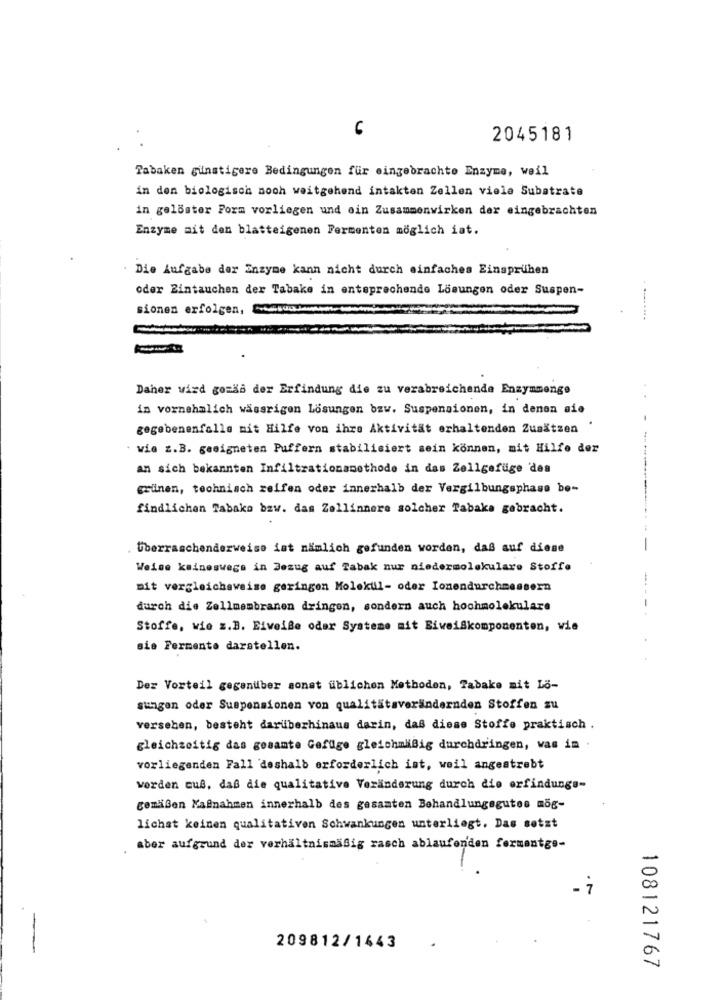
6
2045181
Tabaken günstigere Bedingungen für eingebrachte Enzyme, weil
in den biologisch noch weitgehend intakten Zellen viele Subatrate
in gelöster Form vorliegen und oin Zusammenwirken der eingebrachten
Enzyme ait den blatteigenen Fermenten möglich ist.
. Die Aufgabe der Enzyme kann nicht durch einfaches Einsprühen
oder Zintauchen der Tabake in entsprechende Lösungen oder Suspen-
sionen erfolgen,
-----...
Daher wird gozas der Erfindung die zu verabreichende Enzymmenge
in vornehmlich wassrigen Lösungen bzw. Suspensionen, in denen sie
gegebenenfalls mit Hilfe von ihre Aktivität erhaltenden Zusätzen
. wie z.B. geeigneten Puffern stabilisiert sein können, mit Hilfe der
an sich bekannten Infiltrationsmethode in das Zellgefüge des
griinen, technisch reifen oder innerhalb der Vergilbungsphase bo-
findlichen Tabaka bzw. das Zellinnere solcher Tabaka gebracht.
Überraschenderweise ist nämlich gefunden worden, daß auf diese
Weise keineswegs in Bezug auf Tabak nur niedermolekulare Stoffe
mit vergleichsweise geringen Molekul- oder Ionendurchmessern
-
durch die Zellmembranen dringen, sondern auch hochmolekulare
Stoffe, wie z.B. Elweiße oder Systeme mit Biweißkomponenten, wie
sie Fermento darstellen.
Der Vorteil gegenüber sonst üblichen Methoden, Tabake mit Lö-
sungan oder Suspensionen von qualitätsverändernden Stoffen zu
versehen, besteht darüberhinaus darin, daß diese Stoffe praktisch .
gleichzeitig das gesamte Gefüge gleichmäßig durchdringen, was in
vorliegenden Fall deshalb erforderlich ist, weil angestrebt
werden que, daß die qualitative Veränderung durch die erfindungs-
gemäßen Malnahmen innerhalb des gesamten Behandlungegutes mög-
lichst keinen qualitativen Schwankungen unterliegt. Das setzt
aber aufgrund der verhältnismäßig rasch ablaufenden fermentge-
209812/1443
108121767